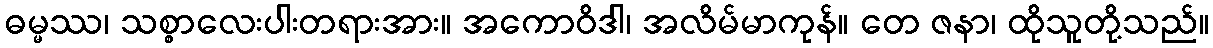
ဓမ္မဿ၊ သစ္စာလေးပါးတရားအား။ အကောဝိဒါ၊ အလိမ်မာကုန်။ တေ ဇနာ၊ ထိုသူတို့သည်။